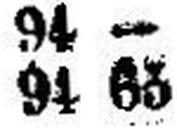
94 65